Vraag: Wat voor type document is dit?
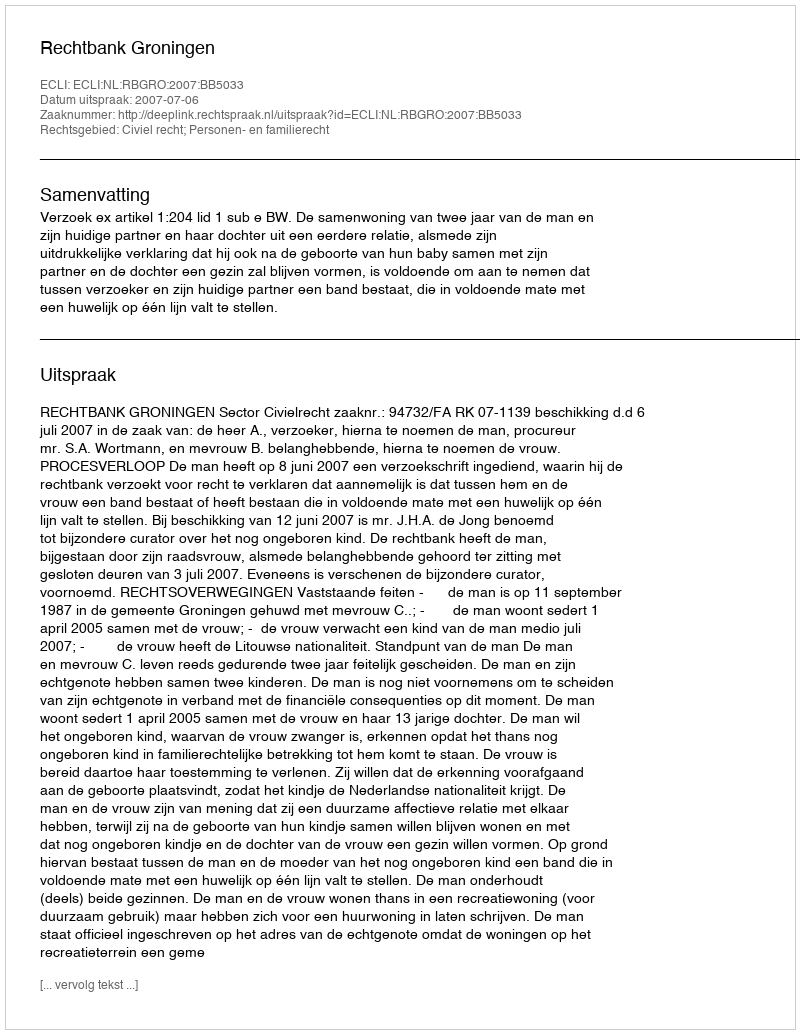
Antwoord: Uitspraak